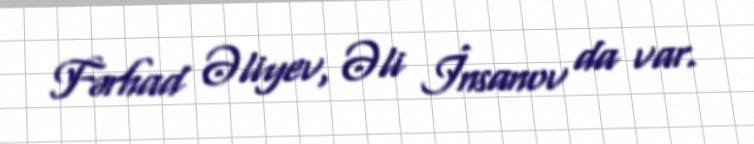
Fərhad Əliyev, Əli İnsanov da var.